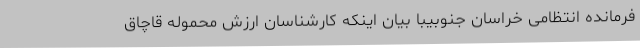
فرمانده انتظامی خراسان جنوبیبا بیان اینکه کارشناسان ارزش محموله قاچاق